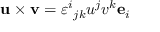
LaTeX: \mathbf { u } \times \mathbf { v } = \varepsilon ^ { i } { } _ { j k } u ^ { j } v ^ { k } \mathbf { e } _ { i }